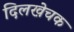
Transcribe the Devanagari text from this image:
दिलखेचक